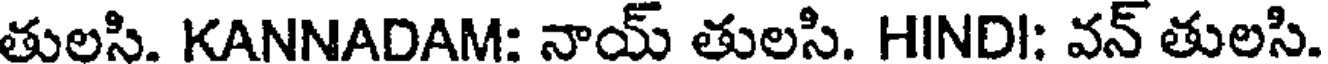
తులసి. KANNADAM: నాయ్ తులసి. HINDI: వన్ తులసి.